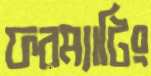
ফরম্যাটিং